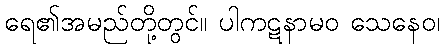
ရေ၏အမည်တို့တွင်။ ပါကဋနာမဝ သေနေဝ၊